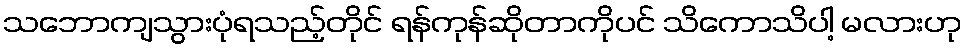
သဘောကျသွားပုံရသည့်တိုင် ရန်ကုန်ဆိုတာကိုပင် သိကောသိပါ့ မလားဟု